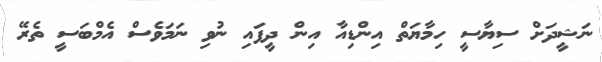
ނަޝީދަށް ސިޔާސީ ހިމާޔަތް އިންޑިއާ އިން ދީފައި ނުވި ނަމަވެސް އެމްބަސީ ތެރޭ